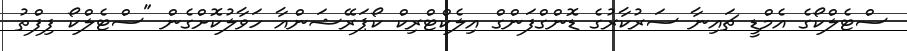
ސްޓެލްކޯގެ އެމްޑީ ޗައިނާ ސަރުކާރުގެ ޑޮންގްފަންގް އިލެކްޓްރިކް ކޯޕަރޭޝަންއާ ހަވާލުކޮށްގެން "ސްޓެލްކޯ ފިފްތު